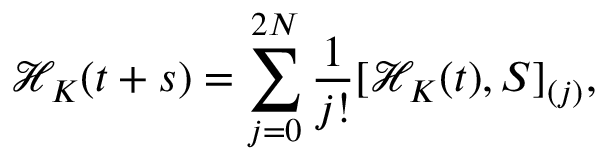
\mathcal { H } _ { K } ( t + s ) = \sum _ { j = 0 } ^ { 2 N } \frac { 1 } { j ! } [ \mathcal { H } _ { K } ( t ) , S ] _ { ( j ) } ,